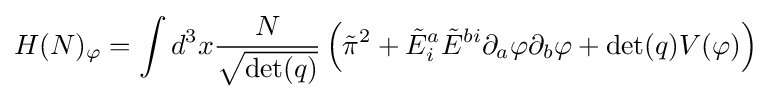
H(N)_{\varphi }=\int d^{3}x{N \over {\sqrt {\det(q)}}}\left({\tilde {\pi }}^{2}+{\tilde {E}}_{i}^{a}{\tilde {E}}^{bi}\partial _{a}\varphi \partial _{b}\varphi +\det(q)V(\varphi )\right)